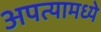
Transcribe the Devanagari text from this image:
अपत्यामध्ये